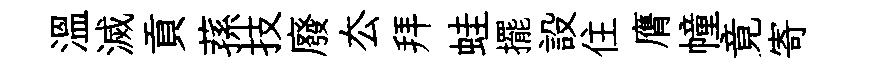
溫滅貢蓀技廢厺拜蛙擺設住膺幢竟寄